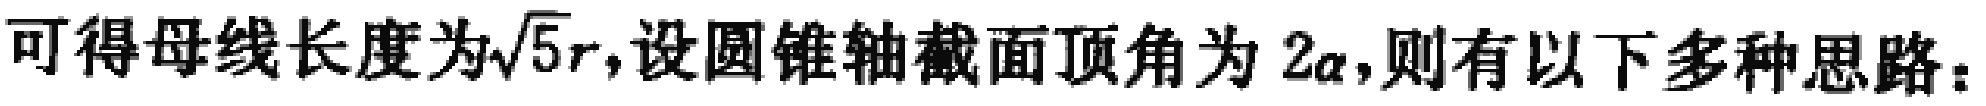
可得母线长度为\(\sqrt{5}r\),设圆锥轴截面顶角为 \(2\alpha\),则有以下多种思路：